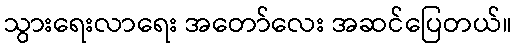
သွားရေးလာရေး အတော်လေး အဆင်ပြေတယ်။